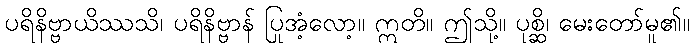
ပရိနိဗ္ဗာယိဿသိ၊ ပရိနိဗ္ဗာန် ပြုအံ့လော့။ ဣတိ။ ဤသို့။ ပုစ္ဆိ၊ မေးတော်မူ၏။